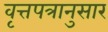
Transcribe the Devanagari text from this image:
वृत्तपत्रानुसार